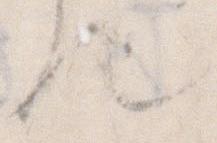
れ